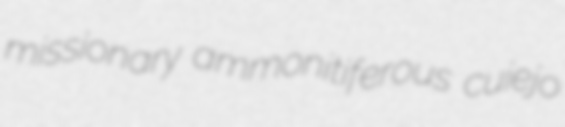
missionary ammonitiferous cuiejo